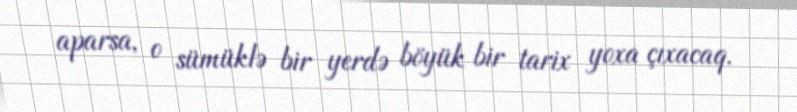
aparsa, o sümüklə bir yerdə böyük bir tarix yoxa çıxacaq.